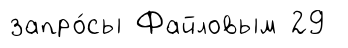
запро́сы Файловым 29